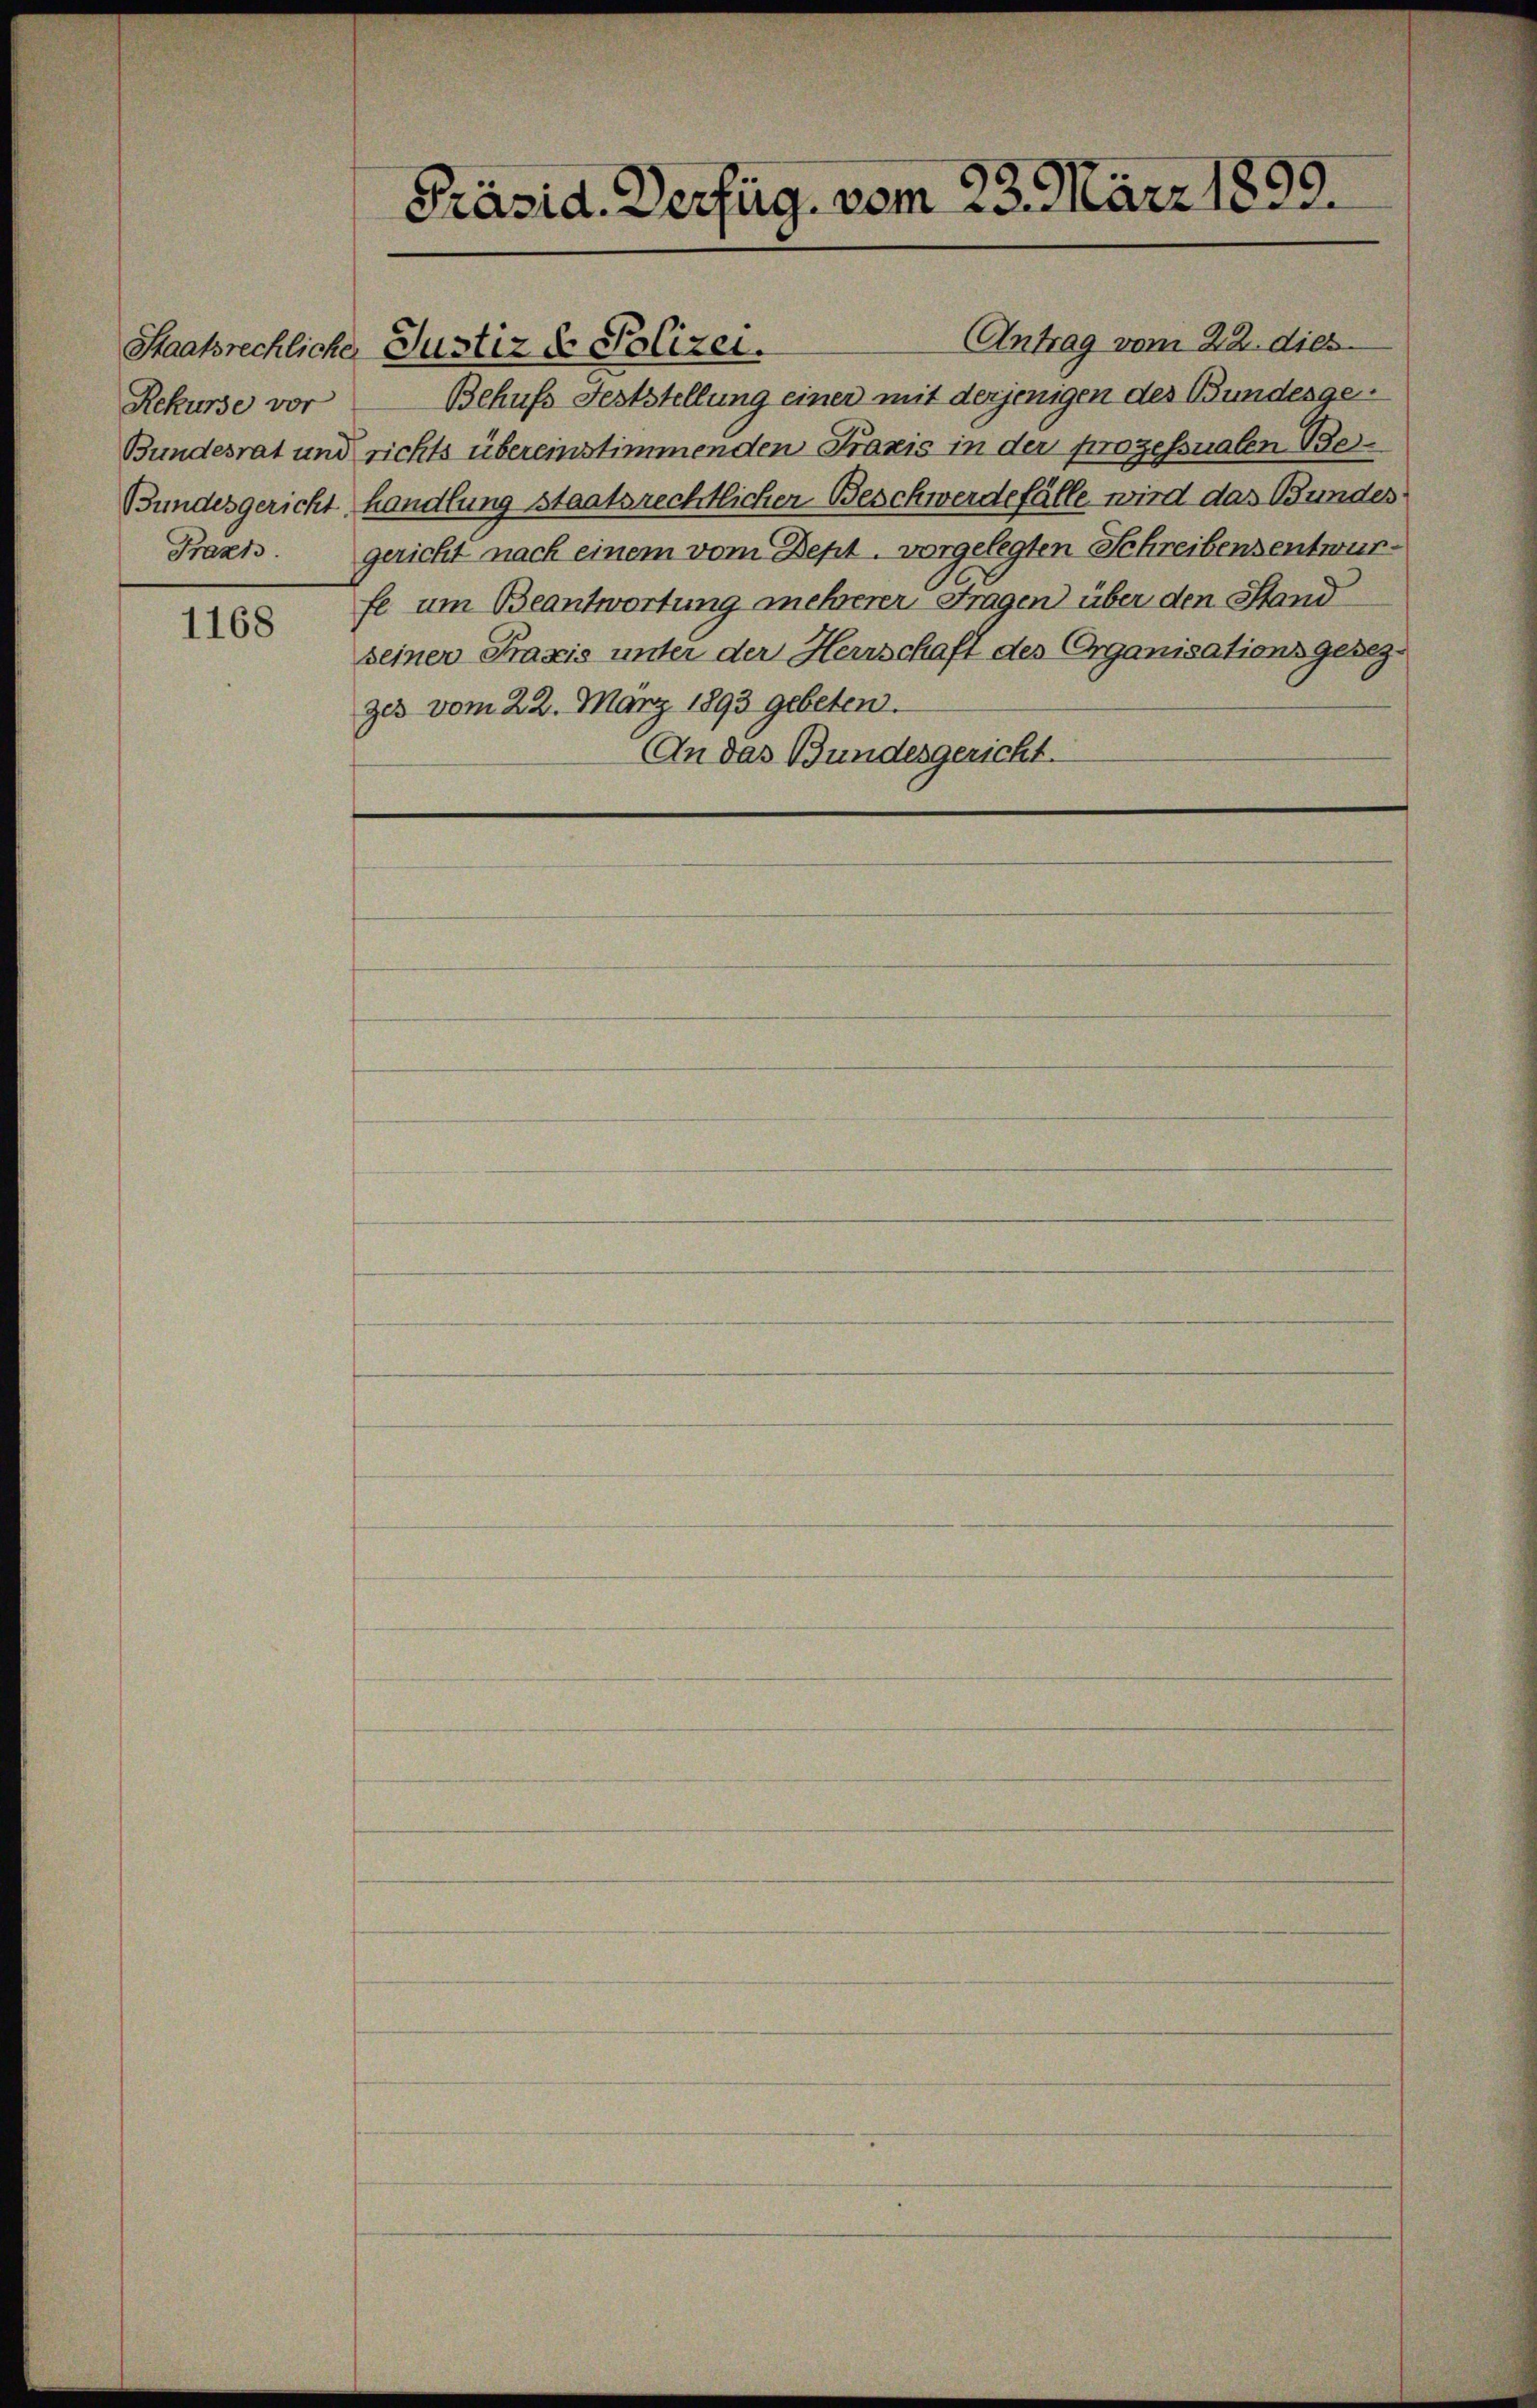
Rekurse vor
Frach.

1168

Präsid. Verfüg. vom 23. März 1899.

Antrag vom 22. dies
Staatsrechliche Justiz & Polizei.
Behufs Feststellung einer mit derjenigen des Bundesge¬
Bundesrat und richts übereinstimmenden Praxis in der prozessualen Be¬
Bundesgericht handlung staatsrechtlicher Beschwerdefälle wird das Bundes
gericht nach einem vom Dept. vorgelegten Schreibens entwurfe um Beantwortung mehrerer Fragen über den Stand
seiner Praxis unter der Herrschaft des Organisationsgesezzes vom 22. März 1893 gebeten.
An das Bundesgericht.